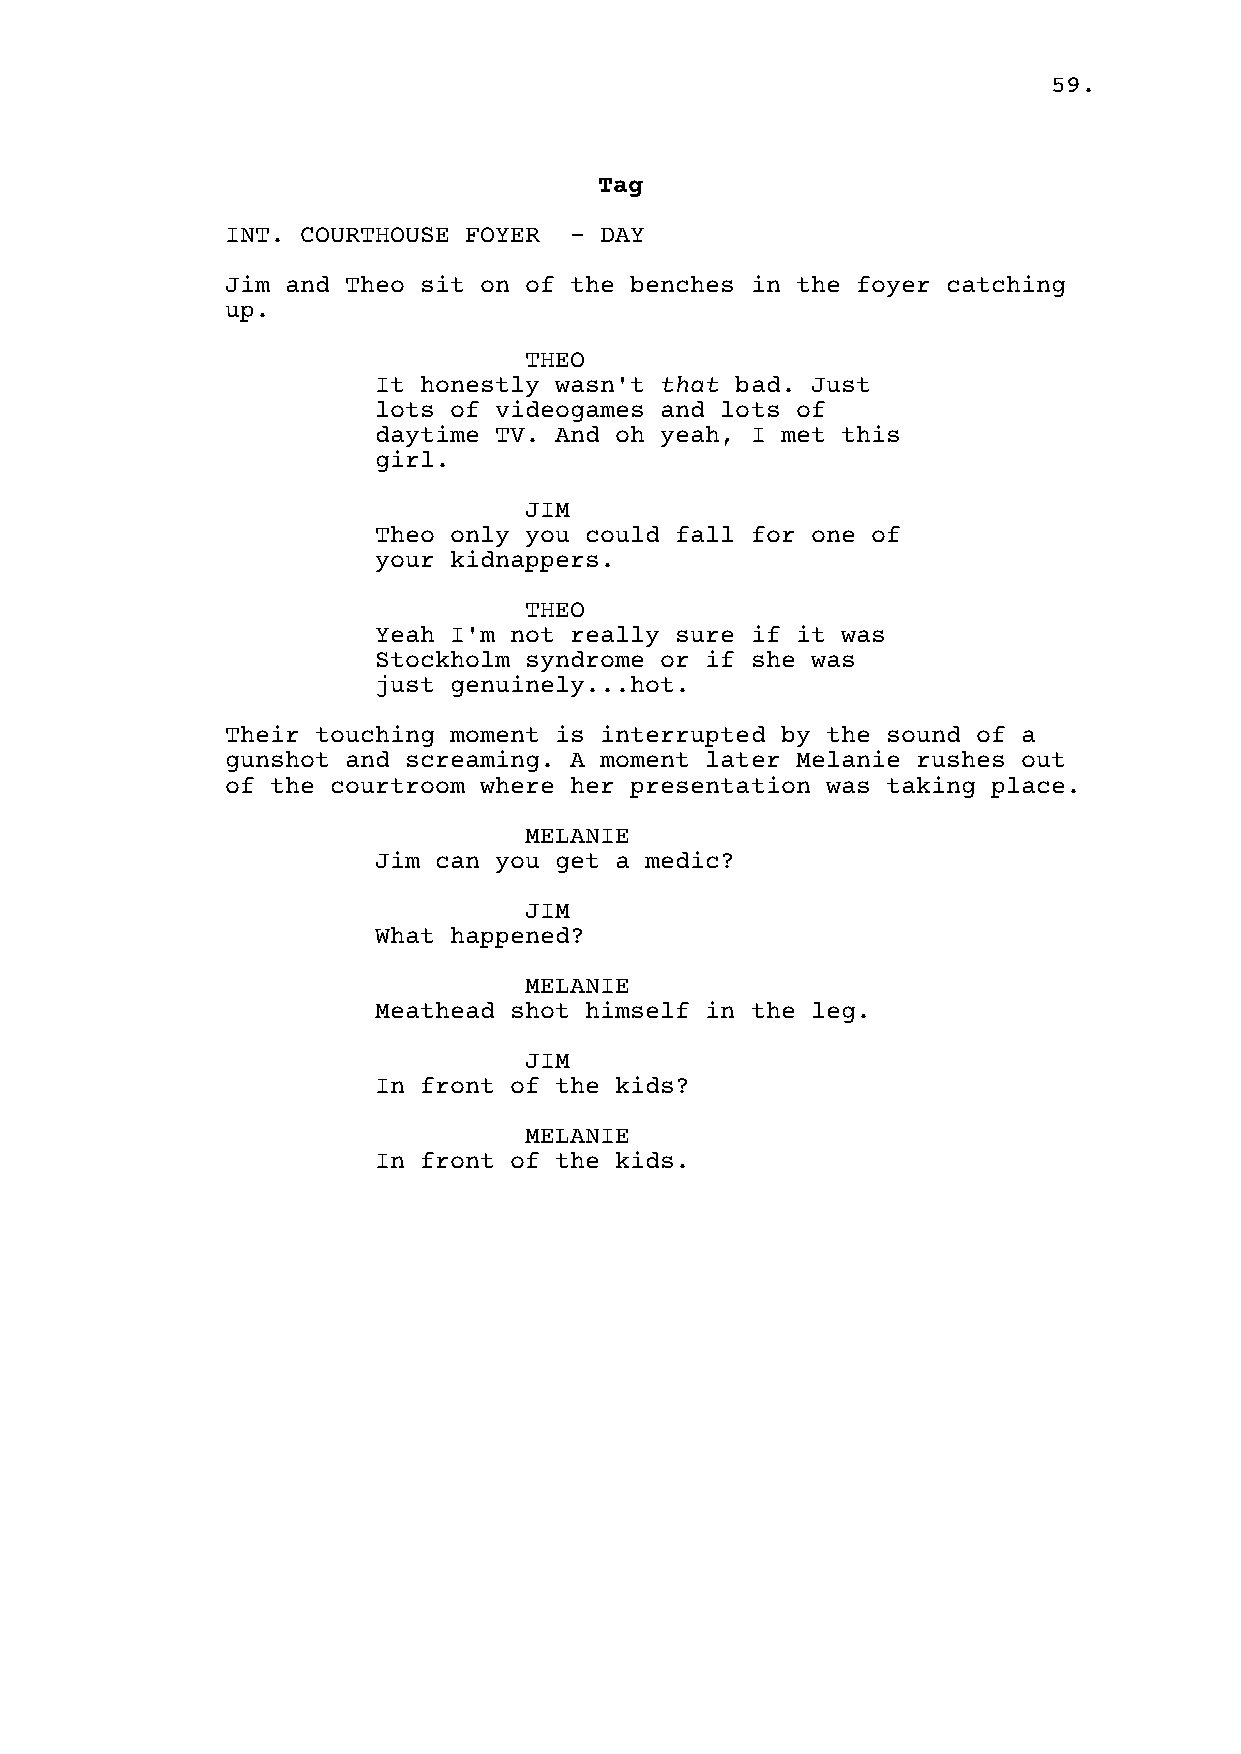
59.
 Tag
 INT. COURTHOUSE FOYER  - DAY
 Jim and Theo sit on of the benches in the foyer catching
 up.
 THEO
 It honestly wasn't that bad. Just
 lots of videogames and lots of
 daytime TV. And oh yeah, I met this
 girl.
 JIM
 Theo only you could fall for one of
 your kidnappers.
 THEO
 Yeah I'm not really sure if it was
 Stockholm syndrome or if she was
 just genuinely...hot.
 Their touching moment is interrupted by the sound of a
 gunshot and screaming. A moment later Melanie rushes out
 of the courtroom where her presentation was taking place.
 MELANIE
 Jim can you get a medic?
 JIM
 What happened?
 MELANIE
 Meathead shot himself in the leg.
 JIM
 In front of the kids?
 MELANIE
 In front of the kids.